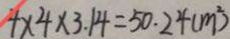
4 \times 4 \times 3 . 1 4 = 5 0 . 2 4 ( m ^ { 2 } )